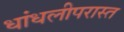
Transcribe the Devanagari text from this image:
धांधलीपरास्त